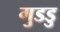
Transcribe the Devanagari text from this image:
गुडडु